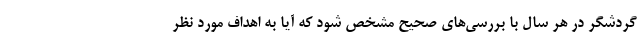
گردشگر در هر سال با بررسی‌های صحیح مشخص شود که آیا به اهداف مورد نظر